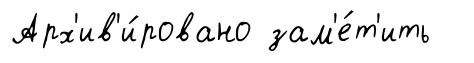
Арх'ив'и́ровано зам'е́т'ить